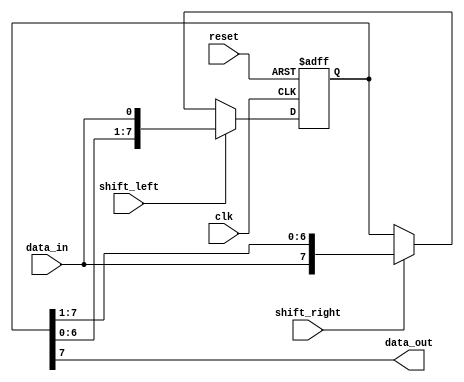
module siso_shift_register(
  input clk,
  input reset,
  input shift_left,
  input shift_right,
  input data_in,
  output reg data_out
);

reg [7:0] shift_reg;

always @(posedge clk or posedge reset) begin
  if (reset) begin
    shift_reg <= 8'b00000000;
  end else begin
    if (shift_left) begin
      shift_reg <= {shift_reg[6:0], data_in};
    end else if (shift_right) begin
      shift_reg <= {data_in, shift_reg[7:1]};
    end
  end
end

assign data_out = shift_reg[7];

endmodule